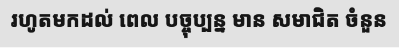
រហូតមកដល់ ពេល បច្ចុប្បន្ន មាន សមាជិត ចំនួន